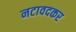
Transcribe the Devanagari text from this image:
नटावदकर